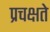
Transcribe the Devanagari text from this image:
प्रचक्षते